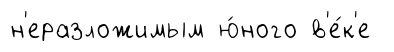
н'еразложимым ю́ного в'е́к'е